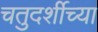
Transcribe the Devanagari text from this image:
चतुदर्शीच्या